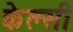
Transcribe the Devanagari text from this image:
केल्सी